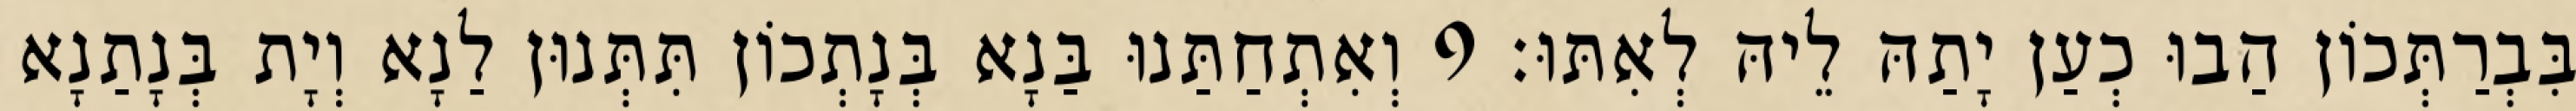
בִּבְרַתְּכוֹן הַבוּ כְעַן יָתַהּ לֵיהּ לְאִתּוּ׃ 9 וְאִתְחַתַּנוּ בַּנָא בְּנָתְכוֹן תִּתְּנוּן לַנָא וְיָת בְּנָתַנָא